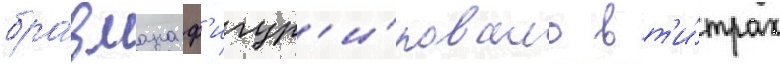
бравмана ф'игур'и́ровало в т'и́трах